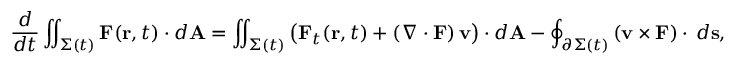
{ \frac { d } { d t } } \iint _ { \Sigma ( t ) } \mathbf { F } ( \mathbf { r } , t ) \cdot d \mathbf { A } = \iint _ { \Sigma ( t ) } { \big ( } \mathbf { F } _ { t } ( \mathbf { r } , t ) + \left( \nabla \cdot \mathbf { F } \right) \mathbf { v } { \big ) } \cdot d \mathbf { A } - \oint _ { \partial \Sigma ( t ) } \left( \mathbf { v } \times \mathbf { F } \right) \cdot \, d \mathbf { s } ,